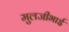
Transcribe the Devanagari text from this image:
मुलजीभाई